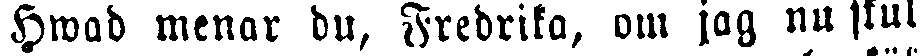
Hwad menar du, Fredrika, om jag nu skul